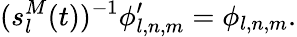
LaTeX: (s_{l}^{M}(t))^{-1}\phi_{l,n,m}^{\prime}=\phi_{l,n,m}.